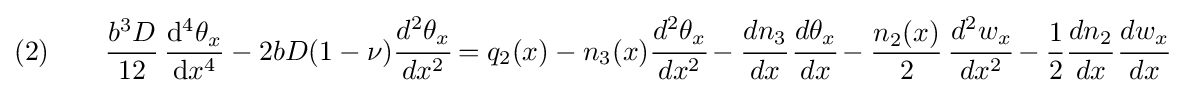
{\text{(2)}}\qquad {\frac {b^{3}D}{12}}\,{\frac {\mathrm {d} ^{4}\theta _{x}}{\mathrm {d} x^{4}}}-2bD(1-\nu ){\cfrac {d^{2}\theta _{x}}{dx^{2}}}=q_{2}(x)-n_{3}(x){\cfrac {d^{2}\theta _{x}}{dx^{2}}}-{\cfrac {dn_{3}}{dx}}\,{\cfrac {d\theta _{x}}{dx}}-{\frac {n_{2}(x)}{2}}\,{\cfrac {d^{2}w_{x}}{dx^{2}}}-{\frac {1}{2}}{\cfrac {dn_{2}}{dx}}\,{\cfrac {dw_{x}}{dx}}